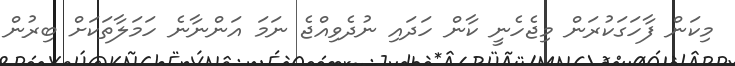
މިކަން ފާހަގަކުރަން މިޖެހެނީ ކާން ހަދައި ނުދެވިއްޖެ ނަމަ އަންނާނެ ހަމަލާތަކަށް ބިރުން